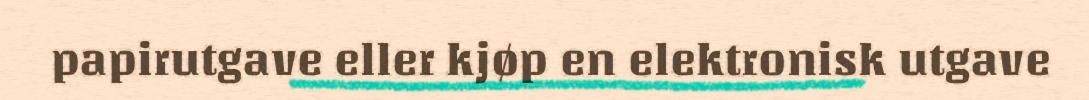
papirutgave eller kjøp en elektronisk utgave